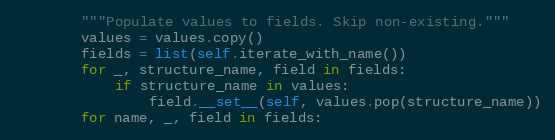
Language: Python
        """Populate values to fields. Skip non-existing."""
        values = values.copy()
        fields = list(self.iterate_with_name())
        for _, structure_name, field in fields:
            if structure_name in values:
                field.__set__(self, values.pop(structure_name))
        for name, _, field in fields: